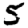
Digit: 5